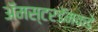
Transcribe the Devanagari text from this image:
ॲमस्टरडॅमकडे